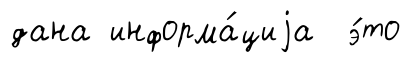
дана информа́циjа э́то